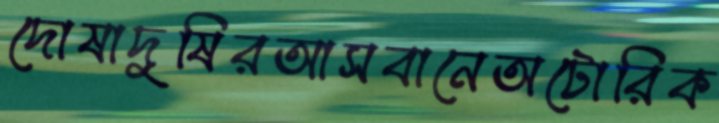
দোষাদুষিরআসবানেঅটোরিক